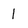
Character: l